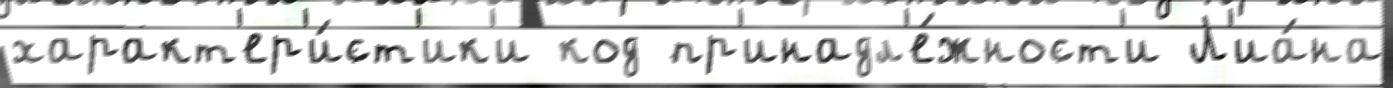
характ'ер'и́ст'ик'и код пр'инадл'е́жност'и Л'иа́на